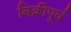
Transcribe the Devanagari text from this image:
बिक्रीपूर्व